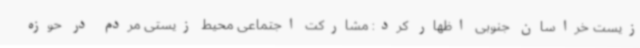
زیست خراسان جنوبی اظهار کرد: مشارکت اجتماعی محیط زیستی مردم در حوزه